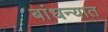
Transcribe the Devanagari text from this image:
बांधन्यात